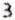
3